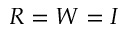
R = W = I